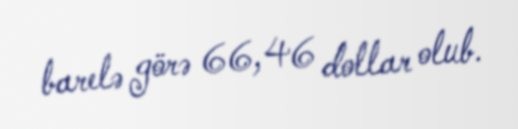
barelə görə 66,46 dollar olub.